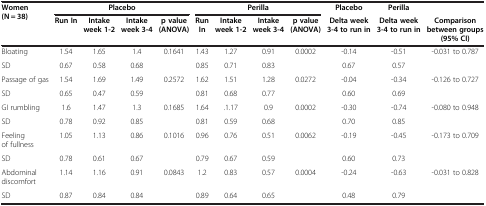
| <ROWSPAN=2> Women (N = 38) | <COLSPAN=4> Placebo | <COLSPAN=4> Perilla | Placebo | Perilla |  |
 | Run In | Intake week 1-2 | Intake week 3-4 | p value (ANOVA) | Run In | Intake week 1-2 | Intake week 3-4 | p value (ANOVA) | Delta week 3-4 to run in | Delta week 3-4 to run in | Comparison between groups (95% CI) |
 | --- | --- | --- | --- | --- | --- | --- | --- | --- | --- | --- | --- |
 | Bloating | 1.54 | 1.65 | 1.4 | 0.1641 | 1.43 | 1.27 | 0.91 | 0.0002 | -0.14 | -0.51 | <ROWSPAN=2> -0.031 to 0.787 |
 | SD | 0.67 | 0.58 | 0.68 |  | 0.85 | 0.71 | 0.83 |  | 0.67 | 0.57 |
 | Passage of gas | 1.54 | 1.69 | 1.49 | 0.2572 | 1.62 | 1.51 | 1.28 | 0.0272 | -0.04 | -0.34 | <ROWSPAN=2> -0.126 to 0.727 |
 | SD | 0.65 | 0.47 | 0.59 |  | 0.81 | 0.68 | 0.77 |  | 0.60 | 0.69 |
 | GI rumbling | 1.6 | 1.47 | 1.3 | 0.1685 | 1.64 | .1.17 | 0.9 | 0.0002 | -0.30 | -0.74 | <ROWSPAN=2> -0.080 to 0.948 |
 | SD | 0.78 | 0.92 | 0.85 |  | 0.81 | 0.59 | 0.68 |  | 0.70 | 0.85 |
 | Feeling of fullness | 1.05 | 1.13 | 0.86 | 0.1016 | 0.96 | 0.76 | 0.51 | 0.0062 | -0.19 | -0.45 | <ROWSPAN=2> -0.173 to 0.709 |
 | SD | 0.78 | 0.61 | 0.67 |  | 0.79 | 0.67 | 0.59 |  | 0.60 | 0.73 |
 | Abdominal discomfort | 1.14 | 1.16 | 0.91 | 0.0843 | 1.2 | 0.83 | 0.57 | 0.0004 | -0.24 | -0.63 | <ROWSPAN=2> -0.031 to 0.828 |
 | SD | 0.87 | 0.84 | 0.84 |  | 0.89 | 0.64 | 0.65 |  | 0.48 | 0.79 |